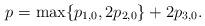
LaTeX: \begin{align*}p = \max \{ p_{1, 0} , 2 p_{2, 0} \} + 2 p_{3, 0} .\end{align*}